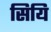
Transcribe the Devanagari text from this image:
सियि